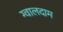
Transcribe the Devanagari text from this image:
ग्वालदाम